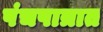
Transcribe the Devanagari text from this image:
पंचपात्रात